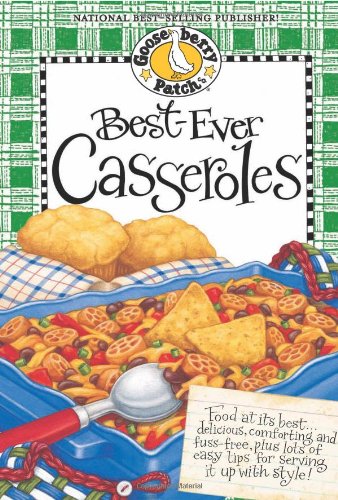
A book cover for Best-Ever Casseroles Cookbook (Gooseberry Patch); Gooseberry Patch; Cookbooks, Food & Wine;